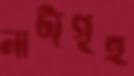
নাট্যগৃহ